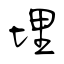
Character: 埋